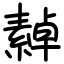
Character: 繛